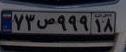
۷۳ص۹۹۹۱۸